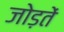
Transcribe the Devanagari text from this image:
जोड़तें